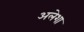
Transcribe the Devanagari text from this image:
अलेशा